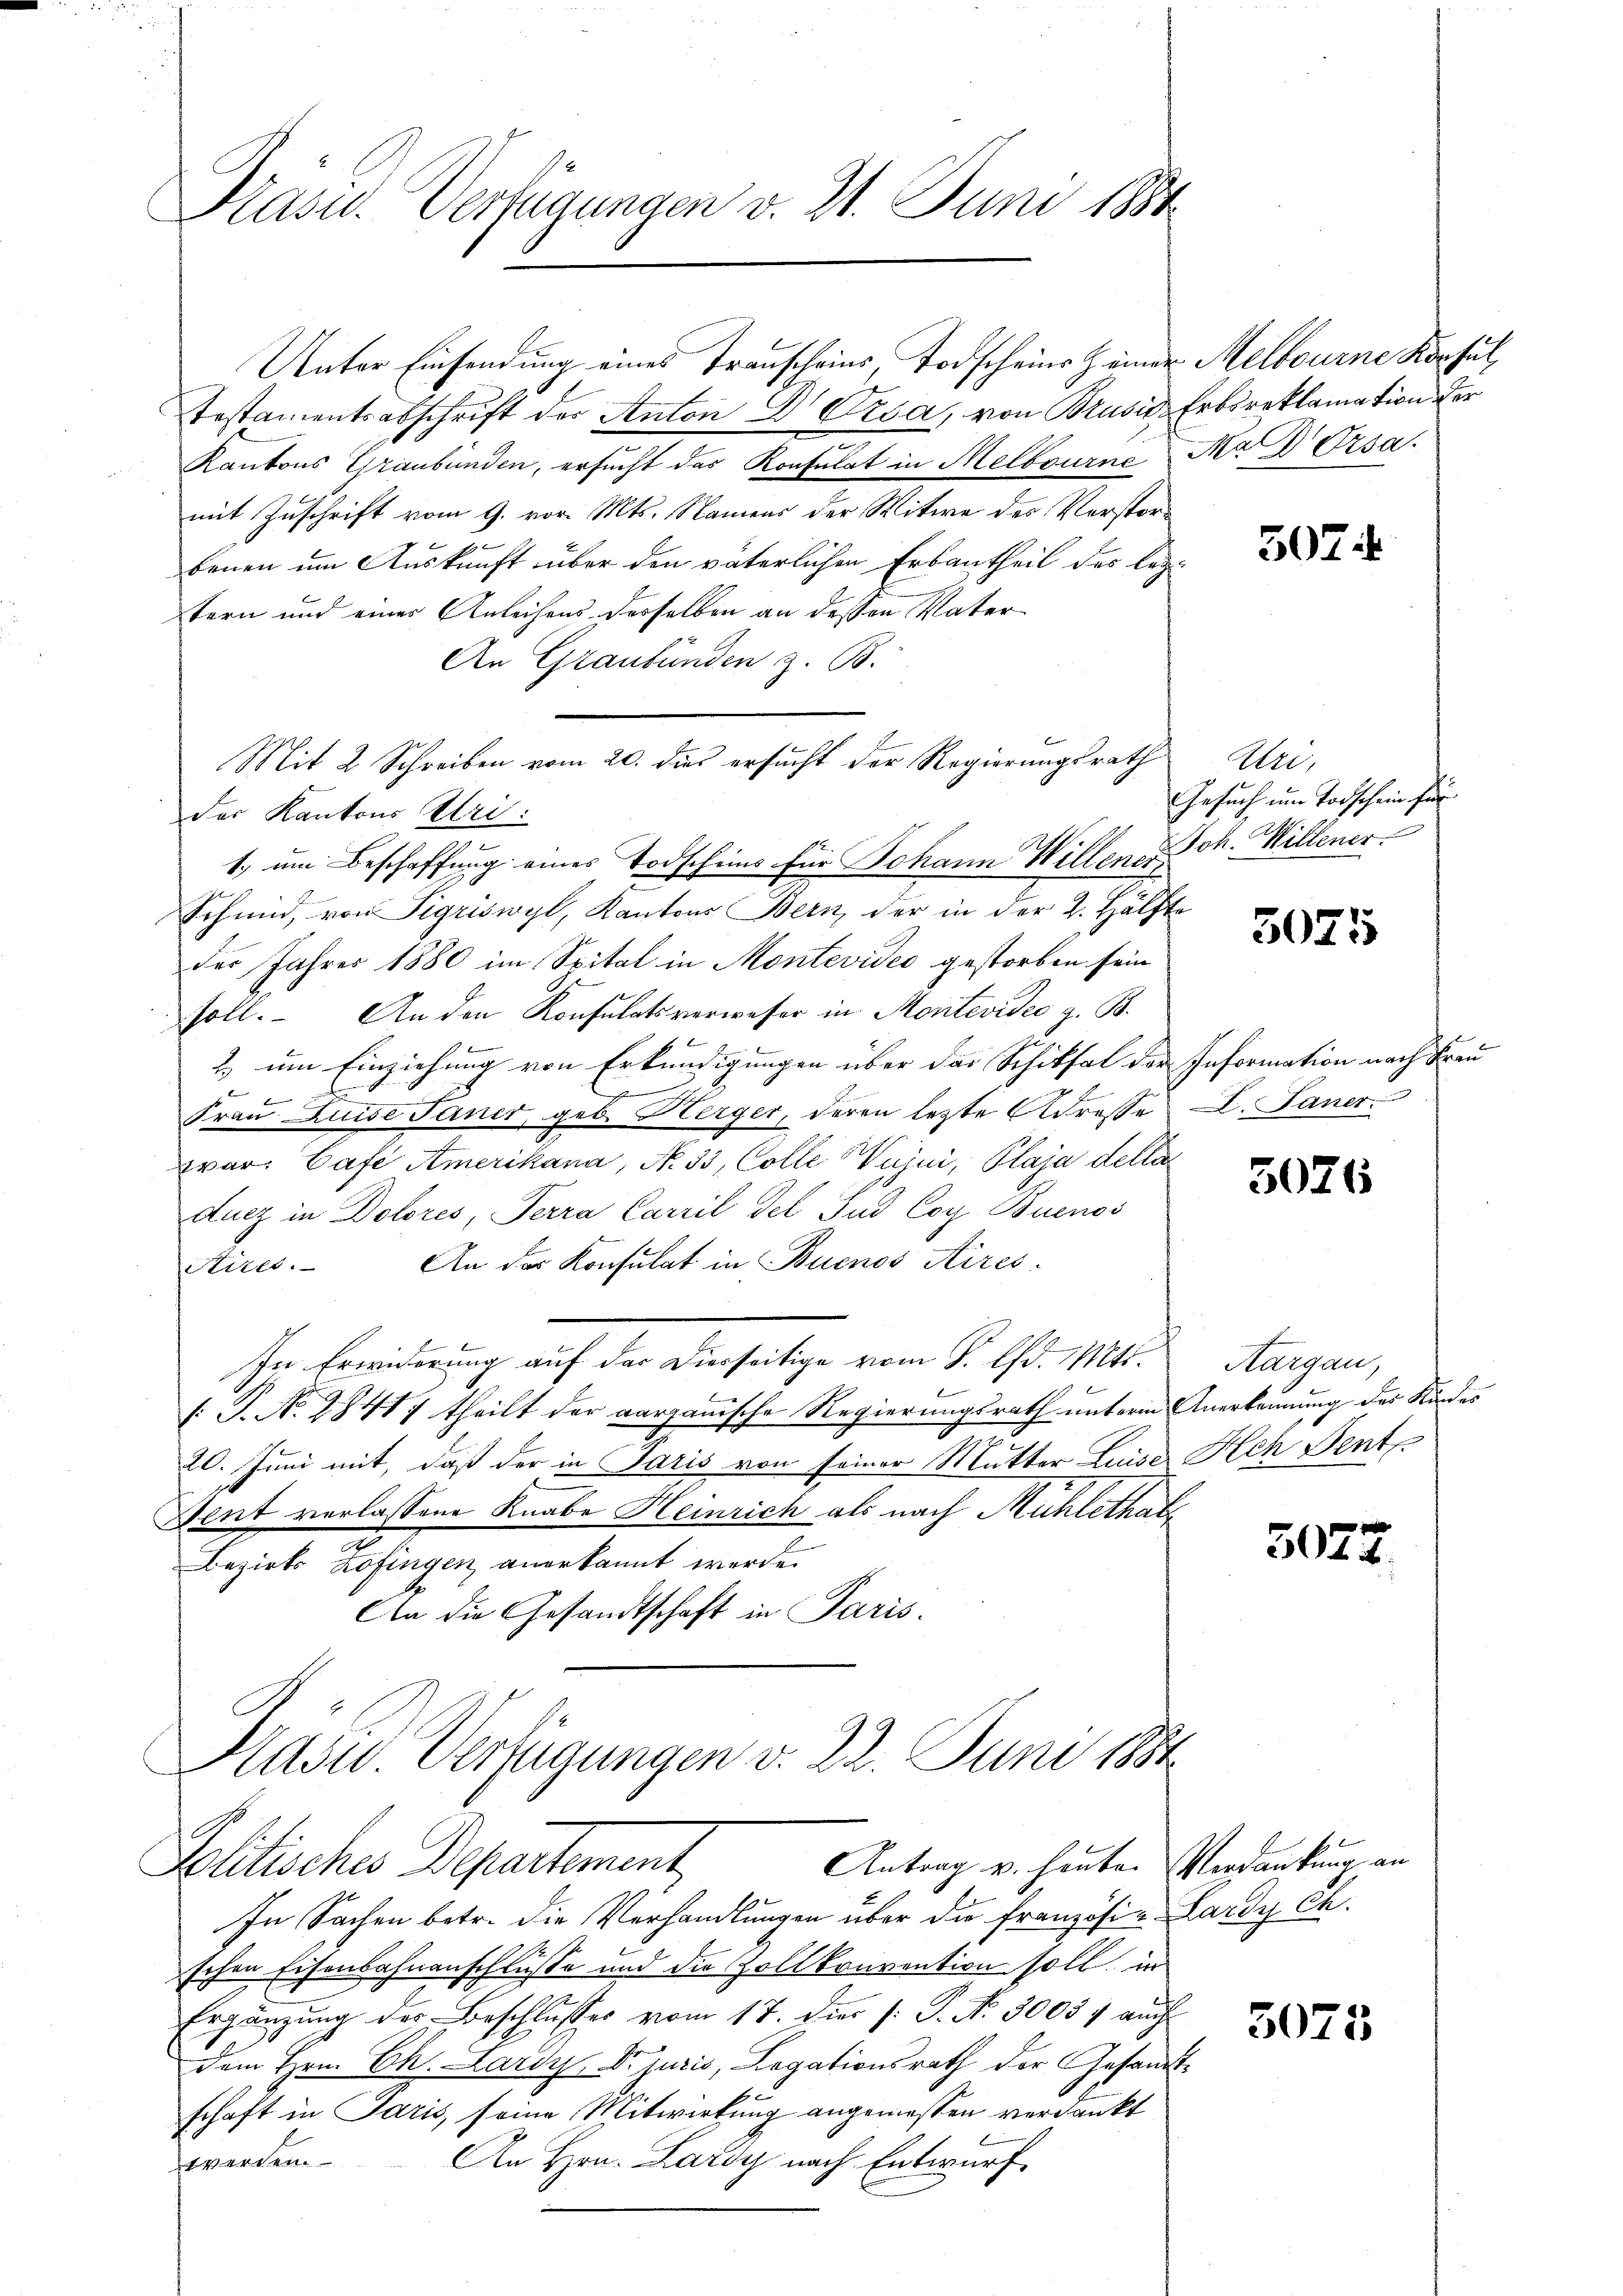
Kasu. Verfügungen v. 21. Juni 1884

Unter Einsendung eines Transcheins, Todscheins Heiner Melbourne Konsul
Testamentsabschrift der Anton Dr. Visa, von Brusić Erbsreklamation der
Kantons Graubünden, ersucht das Konsulat in Melbourne Mad. Ersa
mit Zuschrift vom 9. vor. Mts. Namens der Witwe des Verstorbenen um Auskunft über den väterlichen Ersantheil des leztern und einer Anleihens derselben an dessen Vater
An Graubünden z. B.
der Kantons Uri:
Schmid, von Sigriswyl, Kantons Bern, der in der 2. Hälfte
des Jahres 1880 im Spital in Montevides gestorben sein
soll. An den Konsulatsverweser in Montevidee z. B.
2. um Einziehung von Erkundigungen über das Schiksal der Information nach Frau
d
b
Frau Luise Tener, geb. Herger, deren letzte Adresse I. Janer
war: Cafe Amerikana, No. 33, Colle Wujni, Plaja della
Aucz in Dolores, Terra Carril del Snd Coy Buenos
Aires. An der Konsulat in Buenos Aires.
In Erwiderung auf der Dierseitige vom 8. d. Mts.
[.P. N. 28417 theilt der aargauische Regierungsrath unterm Anerkennung des Kindes
20. Juni mit, daß der in Paris von seiner Mutter Luise Ach Sent
Went verlassene Knabe Heinrich als nach Mühlethats
Bezirks Zofingen anerkannt werde.
An die Gesandtschaft in Paris.

Mit 2 Schreiben vom 20. dies ersucht der Regierungsrath
1. um Beschaffung eines Todscheins für Johann Willene Sch. Willener

Hasu. Verfügungen v. 22. Juni 1884
Politisches Departement,

Antrag u. heuten Verdankung an

In Sachen betr. die Verhandlungen über die Französia Lardy ch.
schen Eisenbahnanschluße und die Zollkonvention soll, in
Ergänzung der Beschlusses vom 17. dies /: P. Nr. 30037 auch
dem Hrn. Ch. Lardy, Dr. juris, Legationsrath der Gesandtschaft in Paris, seine Mitwirkung angemessen verdankt
An Hrn. Lardy nach Entwurf
werden.

5074

Uri,
Gesuch um Todschein für

3071

5026

Kargau,

5022.

3075